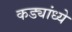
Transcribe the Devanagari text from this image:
कड्यांध्ये